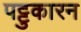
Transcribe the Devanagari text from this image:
पट्टुकारन